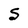
Character: S